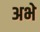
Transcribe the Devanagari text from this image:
अभे